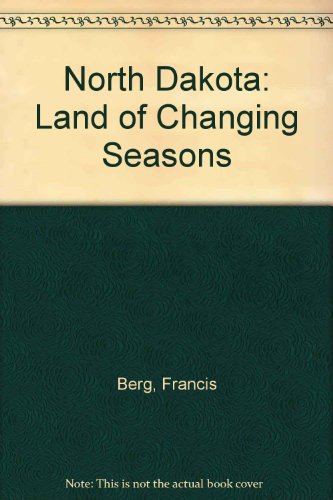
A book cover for North Dakota; Diamond Books Flying; Travel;